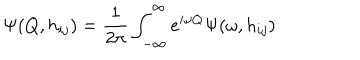
LaTeX: \Psi ( Q , h _ { i j } ) = \frac { 1 } { 2 \pi } \int _ { - \infty } ^ { \infty } e ^ { i \omega Q } \Psi ( \omega , h _ { i j } )